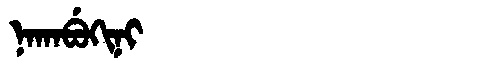
Manchu: ᠨᠠᡴᠠᠪᡠᡴᡳᠨᡳ
Romanization: NAKABUKINI